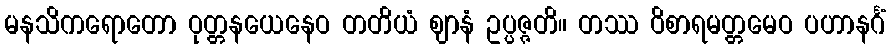
မနသိကရောတော ဝုတ္တနယေနေဝ တတိယံ ဈာနံ ဥပ္ပဇ္ဇတိ။ တဿ ဝိစာရမတ္တမေဝ ပဟာနင်္ဂံ